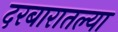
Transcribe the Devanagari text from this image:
दरबारातल्या